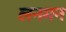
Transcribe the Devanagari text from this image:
लनमन